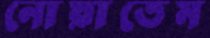
নোয়াতেম